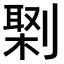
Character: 𠟕